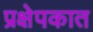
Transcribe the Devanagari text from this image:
प्रक्षेपकात